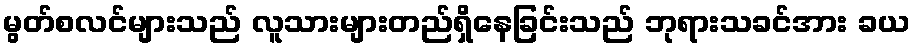
မွတ်စလင်များသည် လူသားများတည်ရှိနေခြင်းသည် ဘုရားသခင်အား ခယ